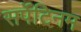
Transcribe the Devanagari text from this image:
सर्पेटिनम